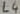
Text: L4